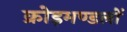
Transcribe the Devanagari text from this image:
क्रोड़मण्डलों